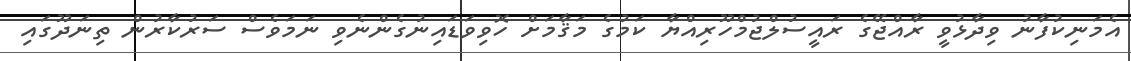
އެމަނިކުފާނު ވިދާޅުވީ ރާއްޖޭގެ ރައީސުލްޖުމްހޫރިއްޔާ ކަމުގެ މަޤާމަށް ހޮވިވަޑައިނުގެންނެވި ނަމަވެސް ސަރުކާރުން ތިނަދޫގައި